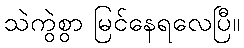
သဲကွဲစွာ မြင်နေရလေပြီ။